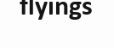
flyings